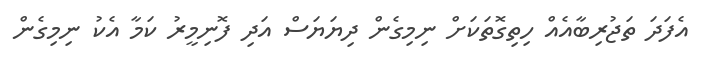
އެފަދަ ތަޖުރިބާއެއް ހިތިގޮތަކަށް ނިމިގެން ދިޔަޔަސް އަދި ފޮނިމީރު ކަމާ އެކު ނިމިގެން